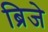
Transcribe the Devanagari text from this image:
ब्रिजे